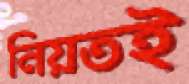
নিয়তই